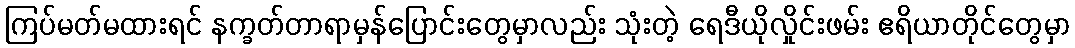
ကြပ်မတ်မထားရင် နက္ခတ်တာရာမှန်ပြောင်းတွေမှာလည်း သုံးတဲ့ ရေဒီယိုလှိုင်းဖမ်း ဧရိယာတိုင်တွေမှာ